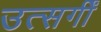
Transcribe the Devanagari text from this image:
उत्सर्गीं